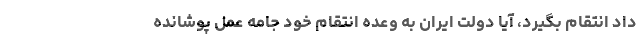
داد انتقام بگیرد، آیا دولت ایران به وعده انتقام خود جامه عمل پوشانده